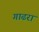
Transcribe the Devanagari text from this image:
गाढरा